Papers set at the Examination for Leaving Certificates, 1895
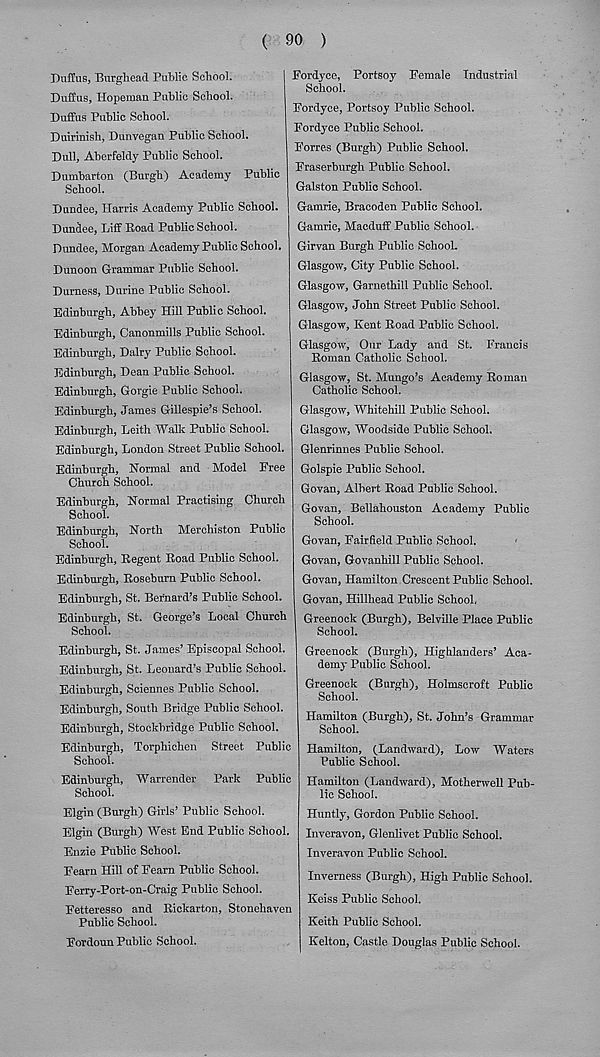
( 90 )
Ruffus, Burghead Public School.
Duffus, Hopeman Public School.
Duffus Public School.
Duirinish, Dunvegan Public School.
Dull, Aberfeldy Public School.
Dumbarton (Burgh) Academy Public
School.
Dundee, Harris Academy Public School.
Dundee, Liff Road Public School.
Dundee, Morgan Academy Public School.
Dunoon Grammar Public School.
Durness, Durine Public School.
Edinburgh, Abbey Hill Public School.
Edinburgh, Canonmills Public School.
Edinburgh, Dairy Public School.
Edinburgh, Dean Public School.
Edinburgh, Gorgie Public School.
Edinburgh, James Gillespie’s School.
Edinburgh, Leith Walk Public School.
Edinburgh, London Street Public School.
Edinburgh, Normal and Model Eree
Church School.
Edinburgh, Normal Practising Church
School.
Edinburgh, North Merehiston Public
School.
Edinburgh, Regent Road Public School.
Edinburgh, Roseburn Public School.
Edinburgh, St. Bernard’s Public School.
Edinburgh, St. George’s Local Church
School.
Edinburgh, St. James’ Episcopal School.
Edinburgh, St. Leonard’s Public School.
Edinburgh, Sciennes Public School.
Edinburgh, South Bridge Public School.
Edinburgh, Stockbridge Public School.
Edinburgh, Torphichen Street Public
School.
Edinburgh, Warrender Park Public
School.
Elgin (Burgh) Girls’ Public School.
Elgin (Burgh) West End Public School.
Enzie Public School.
Fearn Hill of Fearn Public School.
Ferry-Port-on-Craig Public School.
Fetteresso and Rickarton, Stonehaven
Public School.
Eordoun Public School.
Fordyee, Portsoy Female Industrial
School.
Fordyce, Portsoy Public School.
Fordyee Public School.
Forres (Burgh) Public School.
Fraserburgh Public School.
Galston Public School.
Gamrie, Bracoden Public School.
Gamrie, Macduff Public School.
Girvan Burgh Public SchooL
Glasgow, City Public School.
Glasgow, Garnethill Public School.
Glasgow, John Street Public School.
Glasgow, Kent Road Public School.
Glasgow, Our Lady aud St. Francis
Roman Catholic School.
Glasgow, St. Mungo’s Academy Roman
Catholic School.
Glasgow, Whitehill Public School.
Glasgow, Woodside Public School.
Glenrinnes Public School.
Golspie Public School.
Govan, Albert Road Public School.
Govan, Bellahouston Academy Public
School.
Govan, Fairfield Public School.
Govan, Govanhill Public School.
Govan, Hamilton Crescent Public School.
Govan, Billhead Public School,
Greenock (Burgh), Belville Place Public
School.
Greenock (Burgh), Highlanders’ Aca-
demy Public School.
Greenock (Burgh), Holmseroft Public
School.
Hamilton (Burgh), St. John’s Grammar
School.
Hamilton, (Landward), Low Waters
Public School.
Hamilton (Landward), Motherwell Pub-
lic School.
Huntly, Gordon Public School.
Inveravon, Glenlivet Public School.
Inveravon Public School.
Inverness (Burgh), High Public School.
Keiss Public School.
Keith Public School.
Kelton, Castle Douglas Public School.